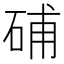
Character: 𥒰